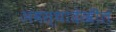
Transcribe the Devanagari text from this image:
अवस्थादेखील